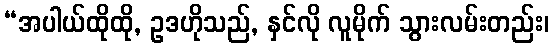
“အပါယ်ထိုထို, ဥဒဟိုသည်, နှင်လို လူမိုက် သွားလမ်းတည်း၊